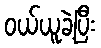
ဝယ်ယူခဲ့ပြီး